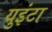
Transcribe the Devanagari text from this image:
युइंटा